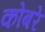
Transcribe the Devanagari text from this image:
कोबरे